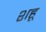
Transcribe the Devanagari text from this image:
शहू